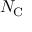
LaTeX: N _ { \mathrm { C } }